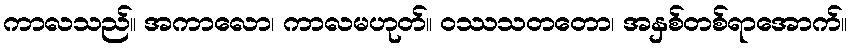
ကာလသည်။ အကာလော၊ ကာလမဟုတ်။ ဝဿသတတော၊ အနှစ်တစ်ရာအောက်။